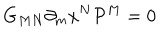
G _ { M N } \partial _ { m } x ^ { N } { \cal P } ^ { M } = 0 ~ ~ ~